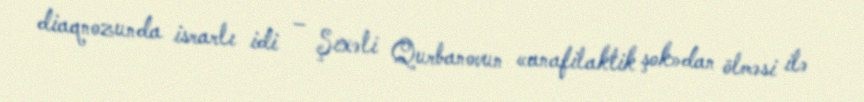
diaqnozunda israrlı idi – Şıxəli Qurbanovun «anafilaktik şok»dan ölməsi ilə